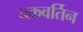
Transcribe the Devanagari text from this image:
चक्रवर्तिन